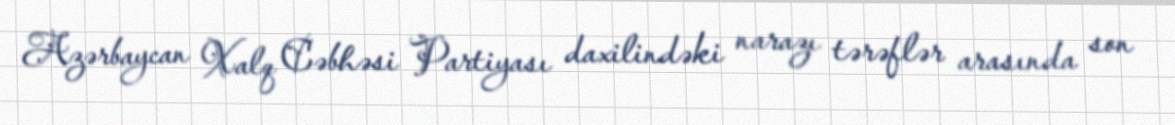
Azərbaycan Xalq Cəbhəsi Partiyası daxilindəki narazı tərəflər arasında son